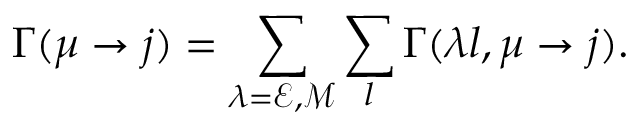
\Gamma ( \mu \to j ) = \sum _ { \lambda = \mathcal { E } , \mathcal { M } } \sum _ { l } \Gamma ( \lambda l , \mu \to j ) .